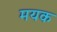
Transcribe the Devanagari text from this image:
मयक